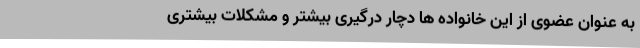
به عنوان عضوی از این خانواده ها دچار درگیری بیشتر و مشکلات بیشتری